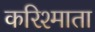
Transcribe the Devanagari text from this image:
करिश्माता